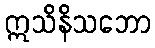
ဣသိနိသဘော